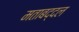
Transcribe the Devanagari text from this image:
मताबद्दल